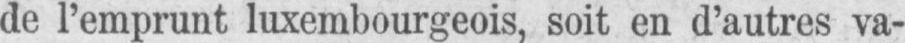
de l’emprunt luxembourgeois, soit en d’autres va-